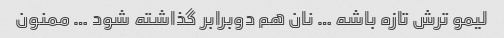
لیمو ترش تازه باشه … نان هم دوبرابر گذاشته شود … ممنون